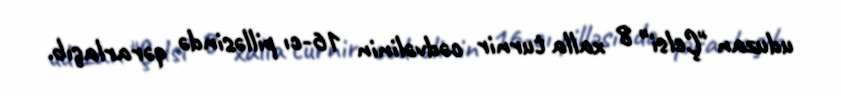
uduzan "Çelsi" 8 xalla turnir cədvəlinin 16-cı pilləsində qərarlaşıb.